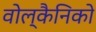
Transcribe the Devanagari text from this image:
वोल्कैनिको